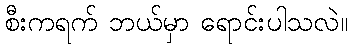
စီးကရက် ဘယ်မှာ ရောင်းပါသလဲ။